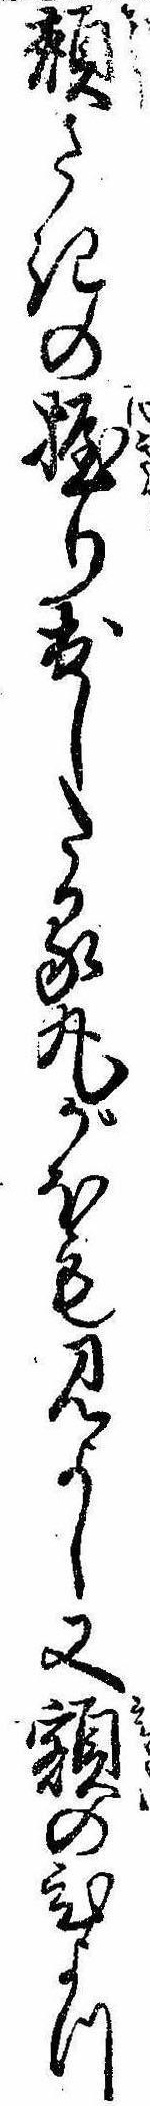
頬さきの握り出したる丸がほも見よし又額のひよつ